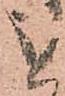
を